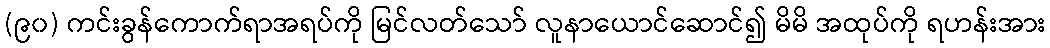
(၉၀) ကင်းခွန်ကောက်ရာအရပ်ကို မြင်လတ်သော် လူနာယောင်ဆောင်၍ မိမိ အထုပ်ကို ရဟန်းအား